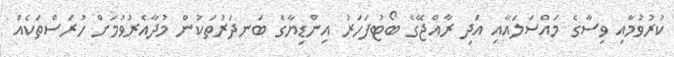
ކުރުވުމާއި ވިސާގެ މައްސަލައާއި އަދި ރާއްޖޭގެ ބޯޓުފަހަރު އިންޑިޔާގެ ބަނދަރުތަކުން މުދާއެރުވުމަށް ހުރަސްތަކެއް